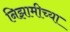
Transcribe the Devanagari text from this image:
निझामीच्या